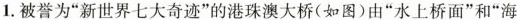
1.被誉为“新世界七大奇迹”的港珠澳大桥(如图)由“水上桥面”和“海